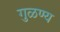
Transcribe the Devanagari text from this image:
गुळण्य